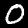
Label: 0